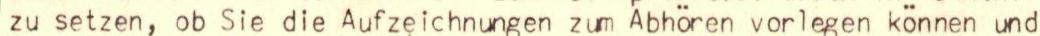
zu setzen, ob Sie die Aufzeichnungen zum Abhören vorlegen können und